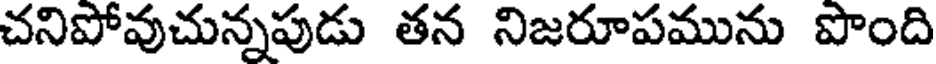
చనిపోవుచున్నపుడు తన నిజరూపమును పొంది